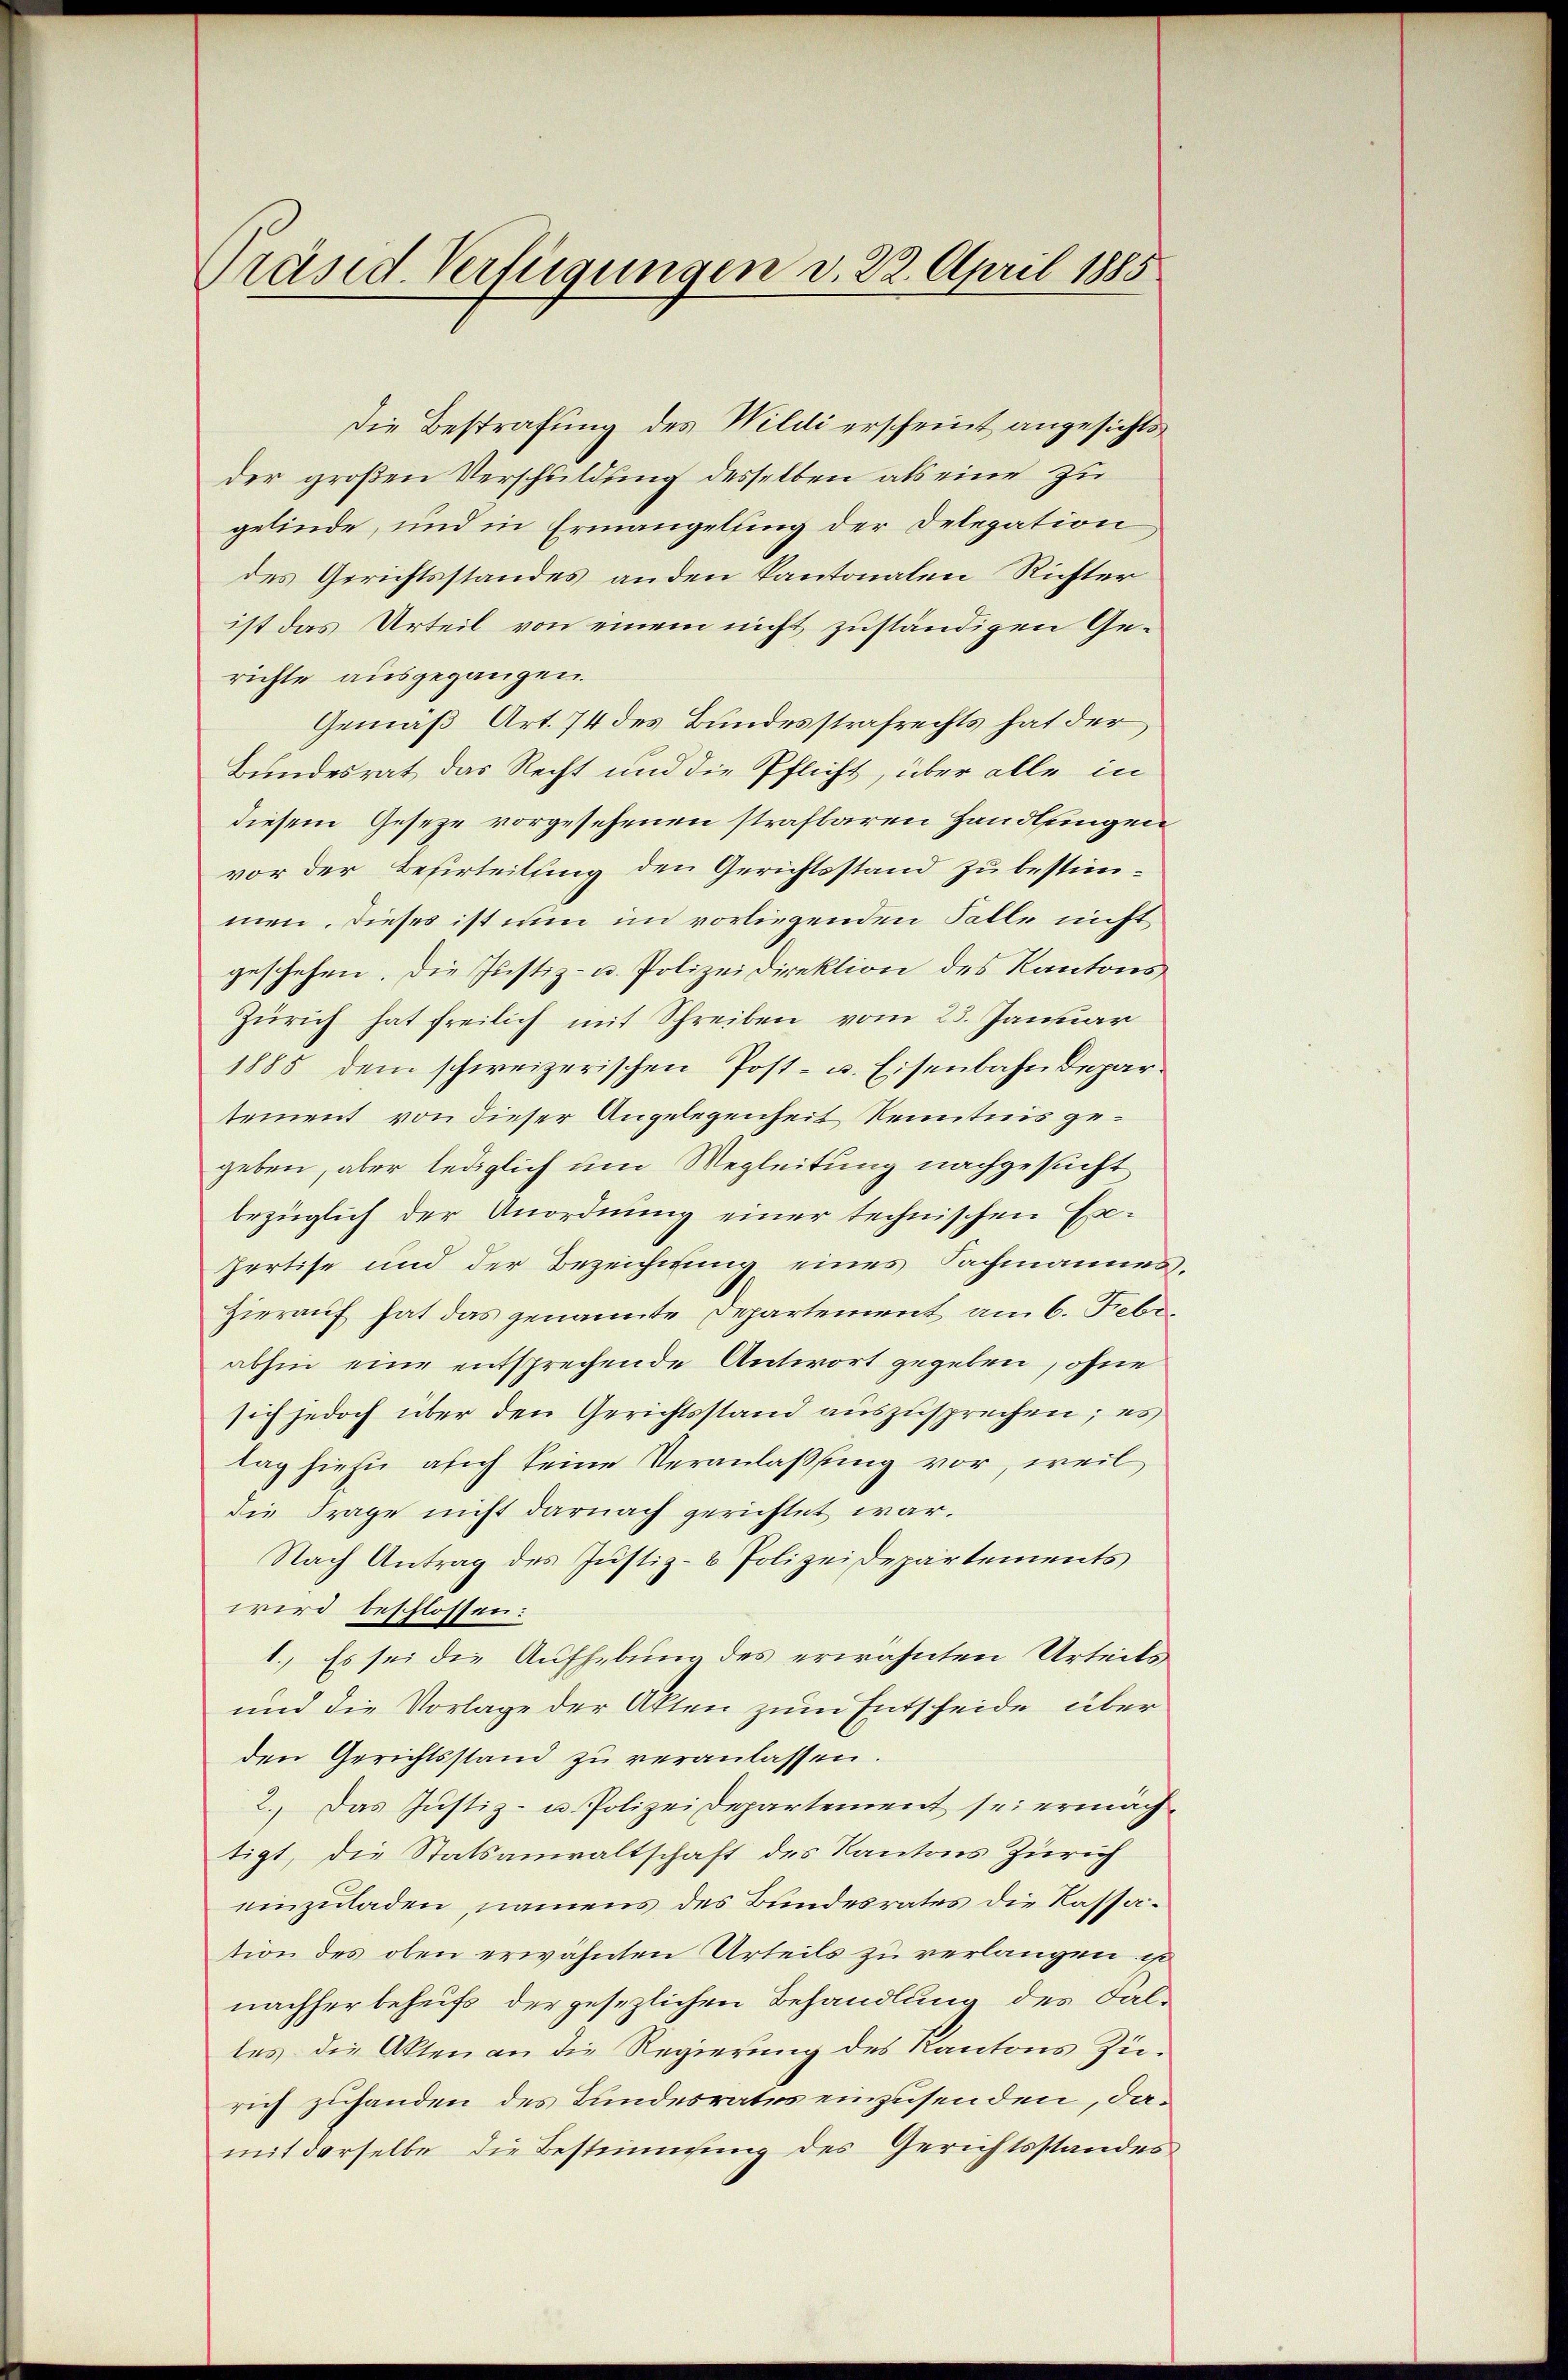
Träsid. Verfügungen d. 22. April 1885

Die Bestrafung des Wildi erscheint angesichtsder großen Verschuldung desselben als eine zu
gelinde, und in Ermangelung der Delegation
des Gerichtsstandes anden kantonalen Richter
ist das Urteil von einem nicht zuständigen Gerichte ausgegangen.
Gemäß Art. 74 des Bundesstrafrechts hat der
Bundesrat das Recht und die Pflicht, über alle in
diesem Gesetze vorgesehenen strafbaren Handlungen
vor der Besirteilung den Gerichtsstand zu bestimmen. Dieses ist nun im vorliegenden Falle nicht
geschehen. Die Justiz- u. Polizeidirektion des Kantons
Zürich hat freilich mit Schreiben vom 23. Januar
1885 dem schweizerischen Post- u. Eisenbahndepar
tement von dieser Angelegenheit Kenntnis gegeben, aber lediglich um Wegleitung nachgesucht
bezüglich der Anordnung einer technischen Exfertise und der Bezeichung eines Sachmannes
Hierauf hat das genannte Departement am 6. Febr.
abhin eine entsprechende Antwort gegeben, ohne
sich jedoch über den Gerichtsstand auszusprechen; es
tag hiezu auch keine Veranlaßung vor, weil
die Frage nicht darnach gerichtet war.
Nach Antrag des Justiz- & Polizeidepartements
wird beschlossen:
1. Es sei die Aufhebung des erwähnten Urteils
und die Vorlage der Akten zum Entscheide über
den Gerichtsstand zu veranlassen.
2.) Das Justiz- u. Polizei Departement sei ermächtigt, die Statsanwaltschaft des Kantons Zürich
einzuladen, namens des Bundesrates die Kassation des oben erwähnten Urteils zu verlangen ist
nachher behufs der gesezlichen Behandlung des Falles die Akten an die Regierung des Kantons Züric zuhanden des Bundesrates einzusenden, damit derselbe die Bestimmung des Gerichtsstandes